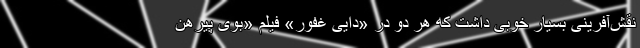
نقش‌آفرینی بسیار خوبی داشت که هر دو در «دایی غفور» فیلم «بوی پیرهن